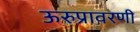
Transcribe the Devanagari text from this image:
ऊरुप्रावरणी